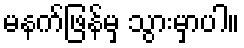
မနက်ဖြန်မှ သွားမှာပါ။